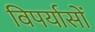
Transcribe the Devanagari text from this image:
विपर्यासों